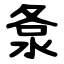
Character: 洜